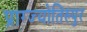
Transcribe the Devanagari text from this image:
प्राग्ज्योतिस्पुर